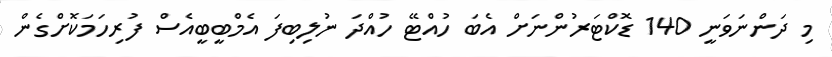
މި ދަންނަވަނީ 140 ޑޮކްޓަރުންނަށް އެބަ ހުއްޓޭ ހުއްދަ ނުލިބިފަ އެމްބީބީއެސް ފުރިހަމަކޮށްގެން